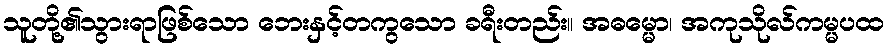
သူတို့၏သွားရာဖြစ်သော ဘေးနှင့်တကွသော ခရီးတည်း။ အဓမ္မော၊ အကုသိုလ်ကမ္မပထ